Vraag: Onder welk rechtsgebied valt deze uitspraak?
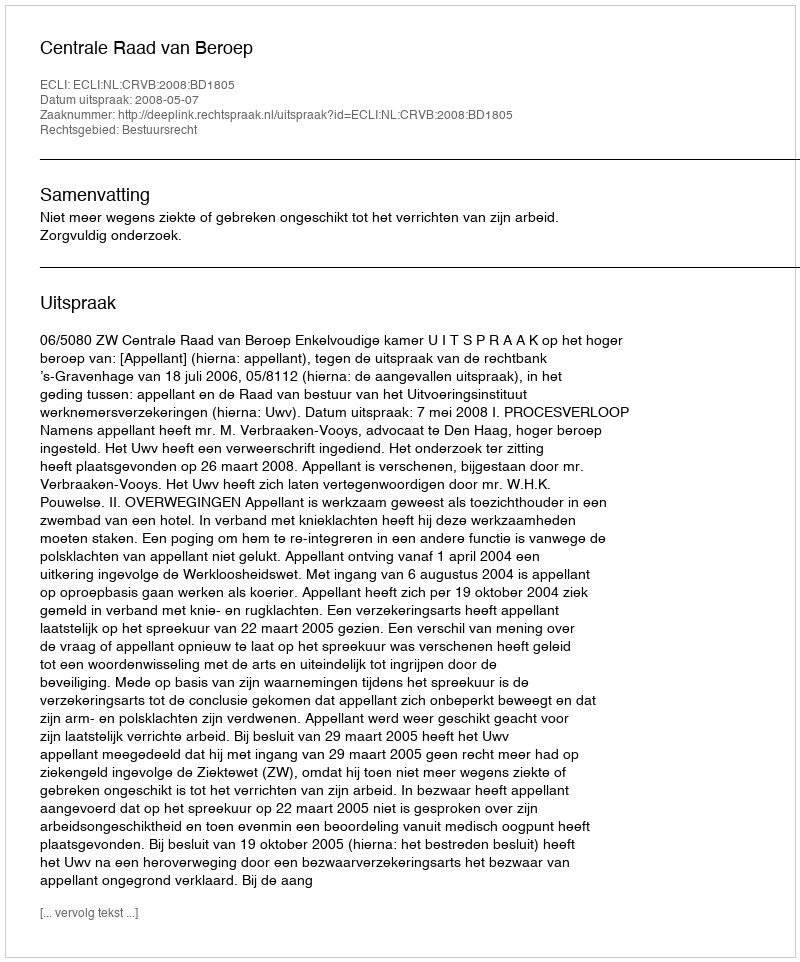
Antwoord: Bestuursrecht